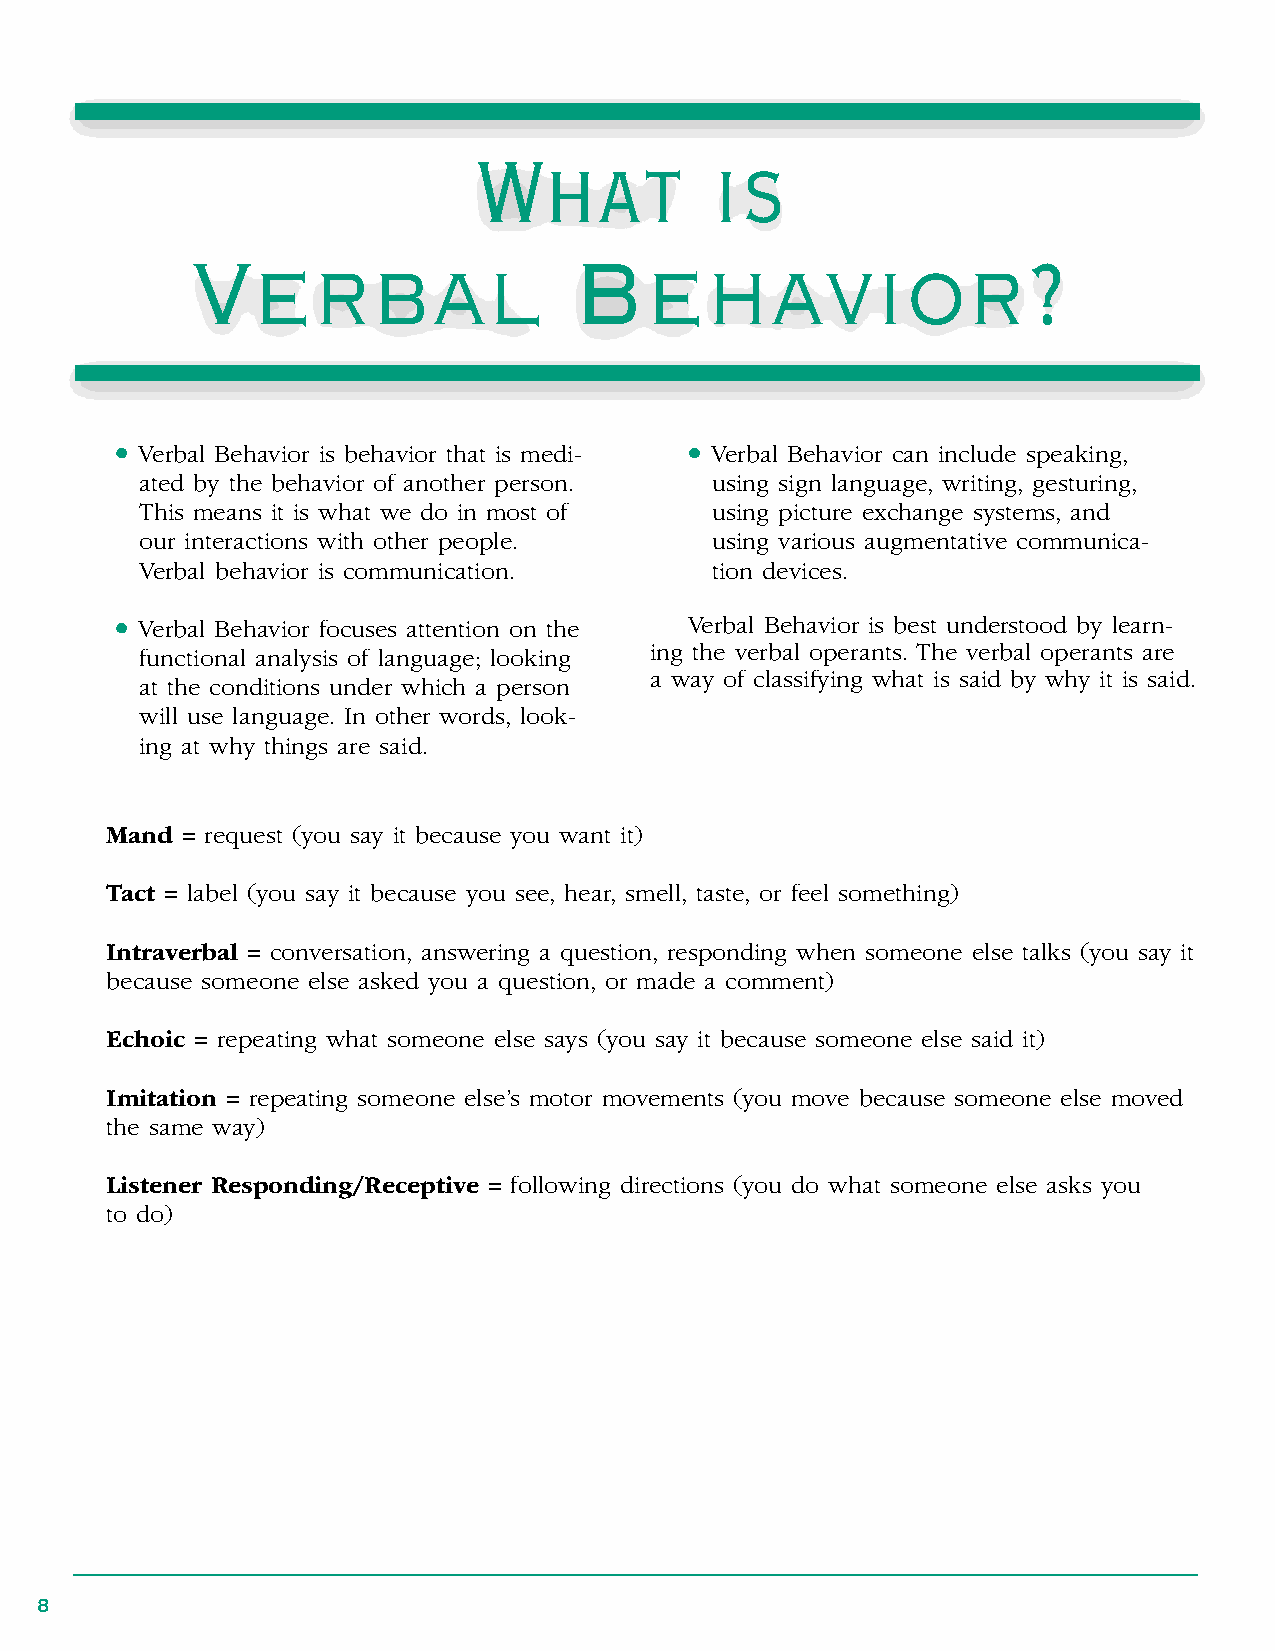
What            is
 Verbal                   Behavior?
 • Verbal Behavior is behavior that is medi- • Verbal Behavior can include speaking,
 ated by the behavior of another person . using sign language, writing, gesturing,
 This means it is what we do in most of using picture exchange systems, and
 our interactions with other people .  using various augmentative communica-
 Verbal behavior is communication .    tion devices .
 • Verbal Behavior focuses attention on the Verbal Behavior is best understood by learn-
 ing the verbal operants . The verbal operants are
 functional analysis of language; looking
 a way of classifying what is said by why it is said .
 at the conditions under which a person
 will use language . In other words, look-
 ing at why things are said .
 Mand = request (you say it because you want it)
 Tact = label (you say it because you see, hear, smell, taste, or feel something)
 Intraverbal = conversation, answering a question, responding when someone else talks (you say it
 because someone else asked you a question, or made a comment)
 Echoic = repeating what someone else says (you say it because someone else said it)
 Imitation = repeating someone else’s motor movements (you move because someone else moved
 the same way)
 Listener Responding/Receptive = following directions (you do what someone else asks you
 to do)
 8